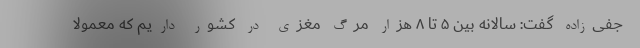
جفی‌زاده گفت: سالانه بین ۵ تا ۸ هزار مرگ مغزی در کشور داریم که معمولا